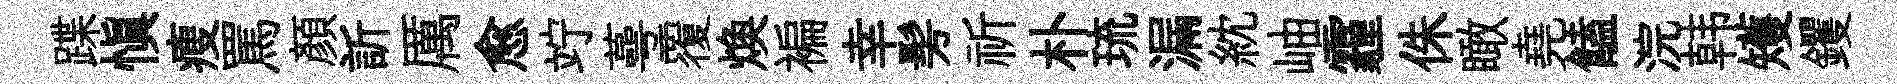
蹀慎瘦罵顏訢厲愈竚蕚覆焕褊幸髣祈朴琉漏紞岫霾侏瞰堯饁浣韩矱钁